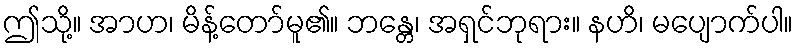
ဤသို့။ အာဟ၊ မိန့်တော်မူ၏။ ဘန္တေ၊ အရှင်ဘုရား။ နဟိ၊ မပျောက်ပါ။